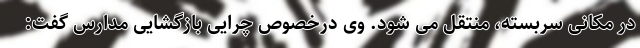
در مکانی سربسته، منتقل می شود. وی درخصوص چرایی بازگشایی مدارس گفت: